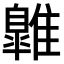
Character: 𩀹